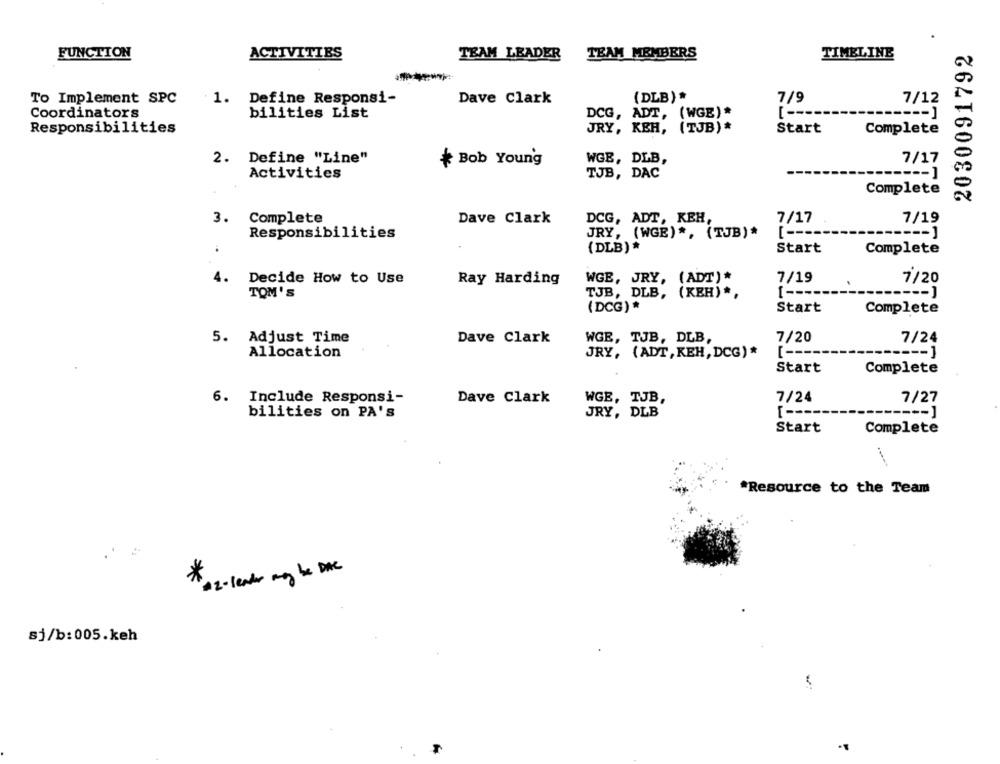
2030091792
FUNCTION
ACTIVITIES
TEAM LEADER
TEAM MEMBERS
TIMELINE
To Implement SPC
1. Define Responsi-
Dave Clark
(DLB) *
7/9
7/12
Coordinators
bilities List
DCG, ADT,
(WGE) *
[ -----
Responsibilities
JRY, KEH, (TJB) *
Start
Complete
2. Define "Line"
WGB, DLB,
* Bob Young
7/17
Activities
TJB, DAC
Complete
3. Complete
Dave Clark
DCG, ADT, KEH,
7/17
7/19
Responsibilities
JRY, (WGE) *, (TJB)*
[ ----
(DLB)*
Start
Complete
4.
Decide How to Use
Ray Harding
WGE, JRY, (ADT)*
7/19
7/20
TOM'S
TJB, DLB, (KEH) *,
[ ----
(DCG)*
Start
Complete
5. Adjust Time
Dave Clark
WGE, TJB, DLB,
7/20
7/24
----- ]
Allocation
JRY, (ADT, KEH, DCG)*
[ ----
Start
Complete
6. Include Responsi-
Dave Clark
WGE, TJB,
7/24
7/27
JRY, DLB
[ ----
---- ]
bilities on PA's
Start
Complete
*Resource to the Team
#82- leader may be DAC
sj/b:005.keh